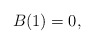
\begin{gather*} B(1)=0,\end{gather*}